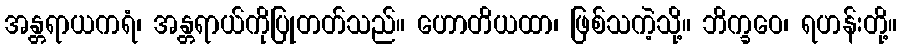
အန္တရာယကရံ၊ အန္တရာယ်ကိုပြုတတ်သည်။ ဟောတိယထာ၊ ဖြစ်သကဲ့သို့။ ဘိက္ခဝေ၊ ရဟန်းတို့။